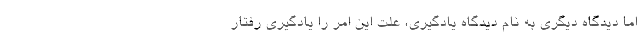
اما دیدگاه دیگری به نام دیدگاه یادگیری، علت این امر را یادگیری رفتار